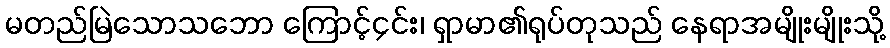
မတည်မြဲသောသဘော ကြောင့်၄င်း၊ ရှာမာ၏ရုပ်တုသည် နေရာအမျိုးမျိုးသို့